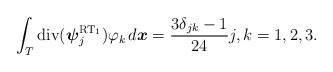
\begin{align*} \int_{T} \mathrm{div}({\boldsymbol\psi}^{\mathrm{RT}_1}_{j}) \varphi_k \, d\boldsymbol x = \frac{3 \delta_{jk} - 1}{24} j,k =1,2,3. \end{align*}